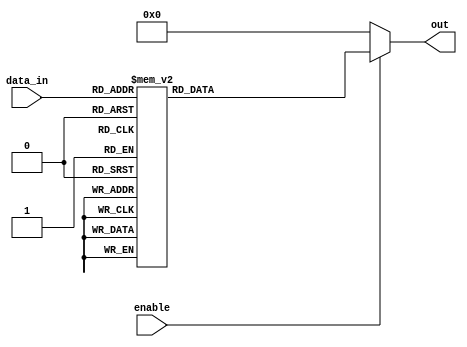
module demux_4to16 (
    input [3:0] data_in,
    input enable,
    output reg [15:0] out
);

always @ (data_in, enable)
begin
    if (enable)
    begin
        case (data_in)
            4'b0000: out = 16'b0000000000000001;
            4'b0001: out = 16'b0000000000000010;
            4'b0010: out = 16'b0000000000000100;
            4'b0011: out = 16'b0000000000001000;
            4'b0100: out = 16'b0000000000010000;
            4'b0101: out = 16'b0000000000100000;
            4'b0110: out = 16'b0000000001000000;
            4'b0111: out = 16'b0000000010000000;
            4'b1000: out = 16'b0000000100000000;
            4'b1001: out = 16'b0000001000000000;
            4'b1010: out = 16'b0000010000000000;
            4'b1011: out = 16'b0000100000000000;
            4'b1100: out = 16'b0001000000000000;
            4'b1101: out = 16'b0010000000000000;
            4'b1110: out = 16'b0100000000000000;
            4'b1111: out = 16'b1000000000000000;
            default: out = 16'b0000000000000000; // Default output if input doesn't match any case
        endcase
    end
    else
    begin
        out = 16'b0000000000000000; // All outputs are 0 when enable is low
    end
end

endmodule